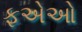
ફએઓ